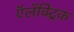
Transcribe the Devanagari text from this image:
ऍलॅक्ट्रिक